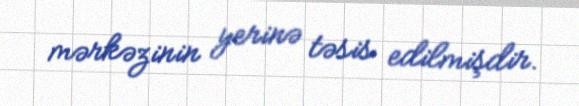
mərkəzinin yerinə təsis edilmişdir.